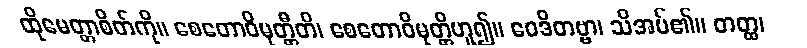
ထိုမေတ္တာစိတ်ကို။ စေတောဝိမုတ္တီတိ၊ စေတောဝိမုတ္တိဟူ၍။ ဝေဒိတဗ္ဗာ၊ သိအပ်၏။ တတ္ထ၊